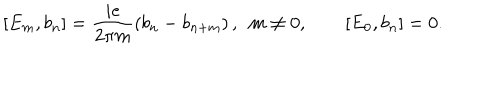
[ E _ { m } , b _ { n } ] = \frac { i e } { 2 \pi m } \left( b _ { n } - b _ { n + m } \right) , \ \ m \neq 0 , \qquad [ E _ { 0 } , b _ { n } ] = 0 .